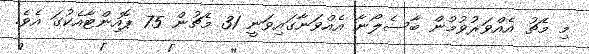
މި މެޗު އެއްވަރުވުމުން ބާސެލޯނާ އެއްވަނާގައިވަނީ 31 މެޗުން 75 ޕޮއިންޓާއެކުގަ އެވެ.